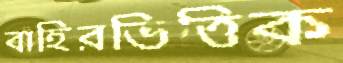
বাহিরভিত্তিক